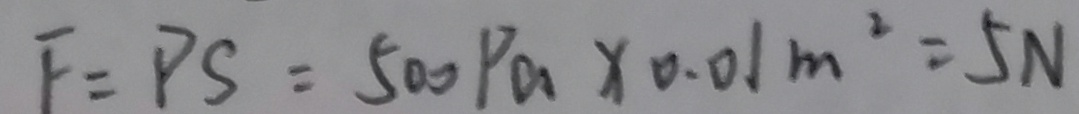
F = P S = 5 0 0 P a \times 0 . 0 1 m ^ { 2 } = 5 N